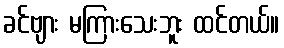
ခင်ဗျား မကြားသေးဘူး ထင်တယ်။